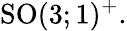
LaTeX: {\mathrm{SO}}(3;1)^{+}.